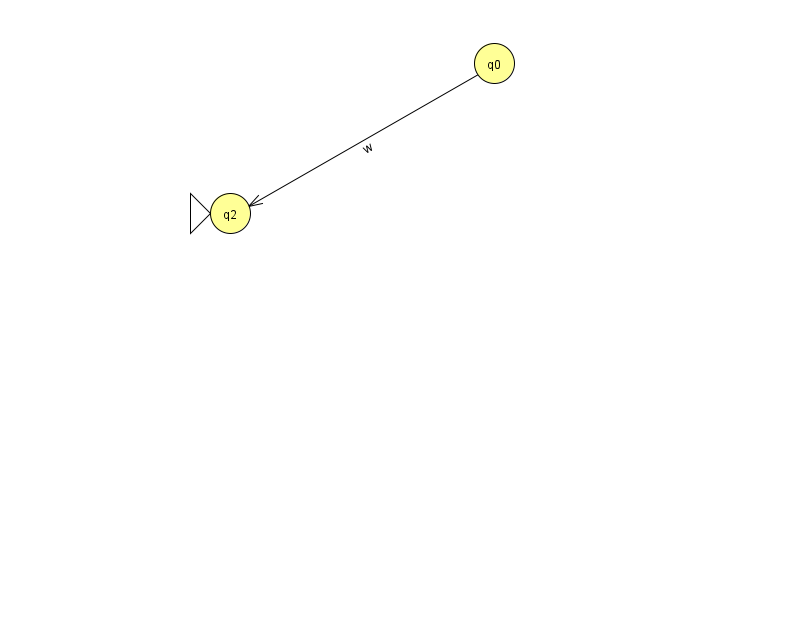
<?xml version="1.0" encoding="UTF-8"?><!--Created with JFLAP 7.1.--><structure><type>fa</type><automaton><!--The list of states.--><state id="0" name="q0"><x>494.0</x><y>50.0</y></state><state id="2" name="q2"><x>230.0</x><y>200.0</y><initial/></state><!--The list of transitions.--><transition><from>0</from><to>2</to><read>w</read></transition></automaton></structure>